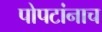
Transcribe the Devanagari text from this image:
पोपटांनाच